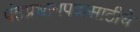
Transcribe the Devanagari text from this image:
पंतप्रधानपदासाठीचे